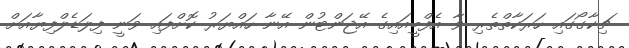
ޗިކާގޯގައި ހަރަކާތްތެރި ވާ އެފްބީއައިގެ އޭޖަންޓުން އޭނާ ހައްޔަރު ކޮށްފައި ވަނީ ފިލަޑެލްފިޔާއަށް